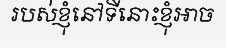
របស់ខ្ញុំនៅទីនោះខ្ញុំអាច